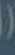
(